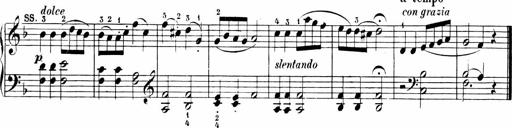
Title: 6 Sonatinas
Composer: Carl Reinecke